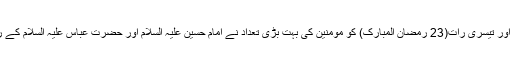
شب قدر کی راتوں میں سے آخری اور تیسری رات(23 رمضان المبارک) کو مومنین کی بہت بڑی تعداد نے امام حسین علیہ السلام اور حضرت عباس علیہ السلام کے روضہ مبارک میں شب بیداری کی۔